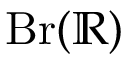
\operatorname { B r } ( \mathbb { R } )